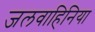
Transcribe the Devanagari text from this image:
जलवाहिनिया